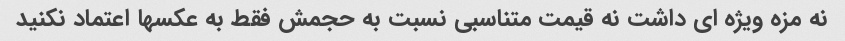
نه مزه ویژه ای داشت نه قیمت متناسبی نسبت به حجمش فقط به عکسها اعتماد نکنید